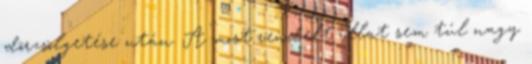
dörzsölgetése után. A most rendelt illat sem túl nagy